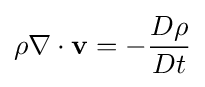
\rho \nabla \cdot {\mathbf {v} }=-{\frac {D\rho }{Dt}}